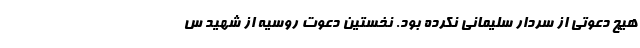
هیچ دعوتی از سردار سلیمانی نکرده بود. نخستین دعوت روسیه از شهید س